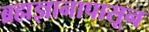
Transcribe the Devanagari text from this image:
ब्रह्मज्ञानापासून